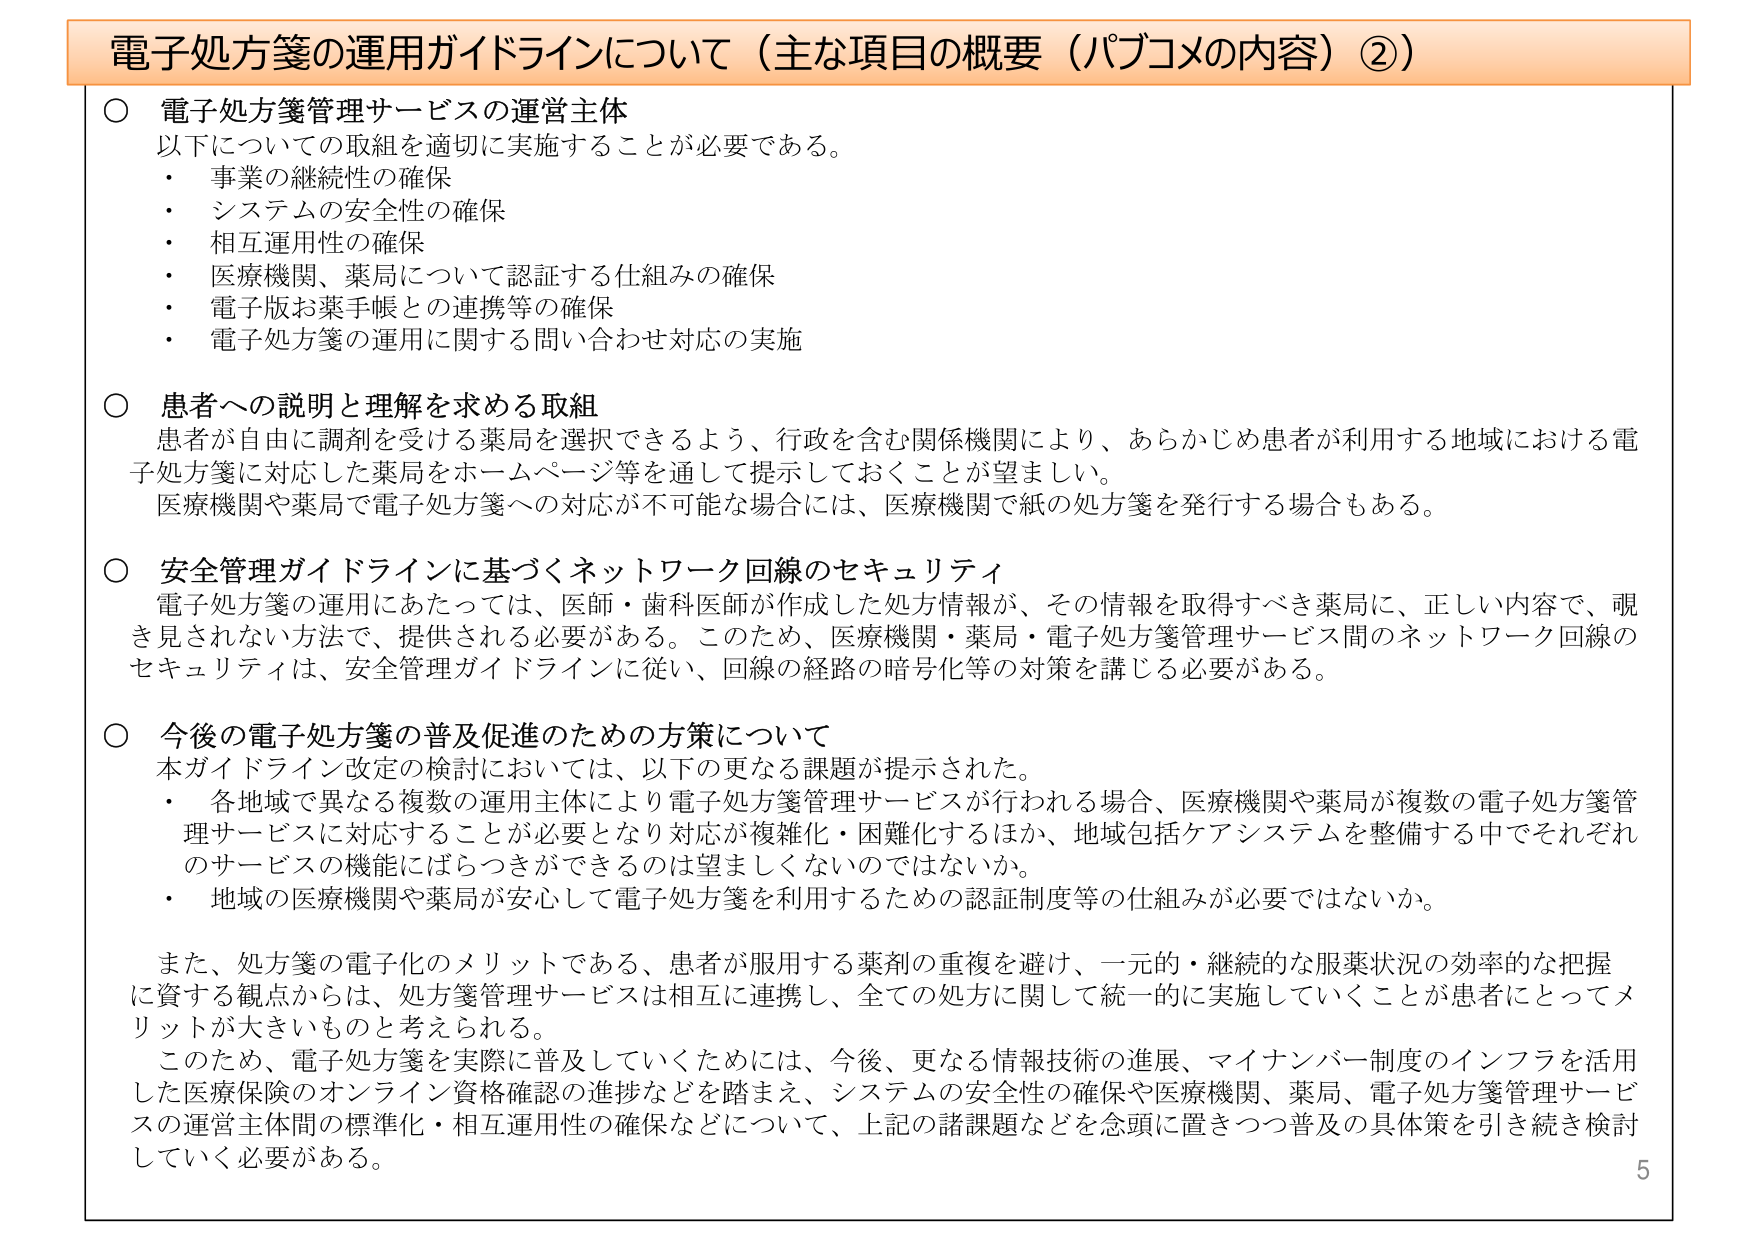
電子処方箋の運用ガイドラインについて（主な項目の概要（パブコメの内容）②）

○ 電子処方箋管理サービスの運営主体
以下についての取組を適切に実施することが必要である。
・ 事業の継続性の確保
・ システムの安全性の確保
・ 相互運用性の確保
・ 医療機関、薬局について認証する仕組みの確保
・ 電子版お薬手帳との連携等の確保
・ 電子処方箋の運用に関する問い合わせ対応の実施

○ 患者への説明と理解を求める取組
患者が自由に調剤を受ける薬局を選択できるよう、行政を含む関係機関により、あらかじめ患者が利用する地域における電子処方箋に対応した薬局をホームページ等を通じて提示しておくことが望ましい。
医療機関や薬局で電子処方箋への対応が不可能な場合には、医療機関で紙の処方箋を発行する場合もある。

○ 安全管理ガイドラインに基づくネットワーク回線のセキュリティ
電子処方箋の運用にあたっては、医師・歯科医師が作成した処方情報が、その情報を取得すべき薬局に、正しい内容で、覗き見されない方法で、提供される必要がある。このため、医療機関・薬局・電子処方箋管理サービス間のネットワーク回線のセキュリティは、安全管理ガイドラインに従い、回線の経路の暗号化等の対策を講じる必要がある。

○ 今後の電子処方箋の普及促進のための方策について
本ガイドライン改定の検討においては、以下の更なる課題が提示された。
・ 各地域で異なる複数の運用主体により電子処方箋管理サービスが行われる場合、医療機関や薬局が複数の電子処方箋管理サービスに対応することが必要となり対応が複雑化・困難化するほか、地域包括ケアシステムを整備する中でそれぞれのサービスの機能にばらつきができるのは望ましくないのではないか。
・ 地域の医療機関や薬局が安心して電子処方箋を利用するための認証制度等の仕組みが必要ではないか。

また、処方箋の電子化のメリットである、患者が服用する薬剤の重複を避け、一元的・継続的な服薬状況の効率的な把握に資する観点からは、処方箋管理サービスは相互に連携し、全ての処方に関して統一的に実施していくことが患者にとってメリットが大きいものと考えられる。

このため、電子処方箋を実際に普及していくためには、今後、更なる情報技術の進展、マイナンバー制度のインフラを活用した医療保険のオンライン資格確認の進捗などを踏まえ、システムの安全性の確保や医療機関、薬局、電子処方箋管理サービスの運営主体間の標準化・相互運用性の確保などについて、上記の諸課題などを念頭に置きつつ普及の具体策を引き続き検討していく必要がある。

5